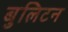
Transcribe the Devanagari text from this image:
बुलिटन